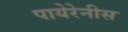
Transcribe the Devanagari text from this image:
पायेरेनीस